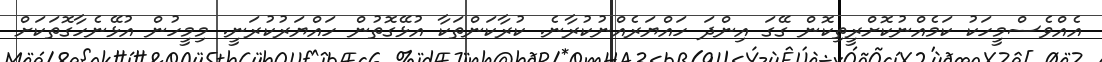
އެއްވެސްމީހަކު ކަމެއްނުކޮށްރީތިކޮން ގޭގަ އިންދަ ހައްޔަރެއްނުކުރާނެ. ކުރާކަންތަކާ އުޅޭގޮތުން ހައްޔަރުކުރަނީ. މިމީހުން އުޅޭނެހާގޮތަކަށް